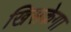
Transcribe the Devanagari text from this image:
खिसकेगा